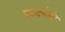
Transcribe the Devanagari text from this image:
फादयेमंद